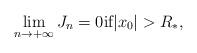
LaTeX: \begin{align*}\lim_{n \to +\infty}J_{n}= 0 \mbox{if} \vert x_{0} \vert > R_{*},\end{align*}